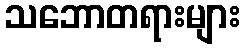
သဘောတရားများ